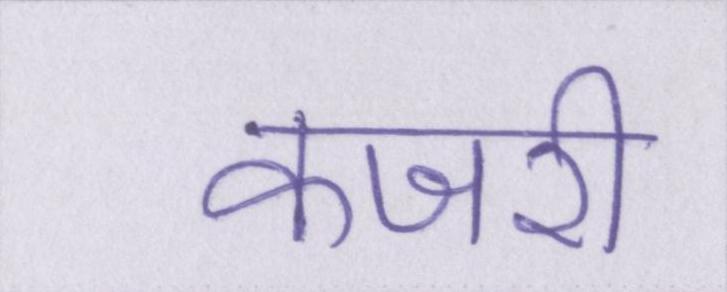
कजरी